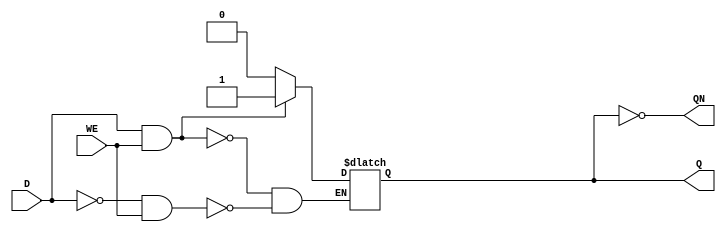
//-----------------------------------------------------
// Design Name : sram_blwl
// Coder       : Xifan TANG
//-----------------------------------------------------


//-----------------------------------------------------
// Function    : A SRAM cell with write enable
//-----------------------------------------------------
module SRAM(
  input WE, // Word line control signal as write enable
  input D, // Bit line control signal
  output Q, // Data output
  output QN // Data output
);

  //----- local variable need to be registered
  reg data;

  //----- when wl is enabled, we can read in data from bl
  always @(WE or D) 
  begin
    if ((1'b1 == D)&&(1'b1 == WE)) begin
    //----- Cases to program internal memory bit 
    //----- case 1: bl = 1, wl = 1, a -> 0
      data <= 1'b1;
    end else if ((1'b0 == D)&&(1'b1 == WE)) begin
    //----- case 2: bl = 0, wl = 1, a -> 0
     data <= 1'b0;
    end 
  end

`ifndef ENABLE_FORMAL_VERIFICATION
    // Wire q_reg to Q
    assign Q = data;
    assign QN = ~data;
`else
    assign Q = 1'bZ;
    assign QN = !Q;
`endif

endmodule

//-----------------------------------------------------
// Function    : A SRAM cell with 
//               - an active-high set
//               - a write-enable
//-----------------------------------------------------
module SRAMS(
  input SET, // active-high set signal
  input WE, // Word line control signal as write enable
  input D, // Bit line control signal as data input
  output Q, // Data output
  output QN // Data output
);

  //----- local variable need to be registered
  reg data;

  //----- when wl is enabled, we can read in data from bl
  always @(D or WE) 
  begin
    if (1'b1 == SET) begin 
      data <= 1'b1;
    end else if ((1'b1 == D)&&(1'b1 == WE)) begin
    //----- Cases to program internal memory bit 
    //----- case 1: bl = 1, wl = 1, a -> 0
      data <= 1'b1;
    end else if ((1'b0 == D)&&(1'b1 == WE)) begin
    //----- case 2: bl = 0, wl = 1, a -> 0
     data <= 1'b0;
    end 
  end

`ifndef ENABLE_FORMAL_VERIFICATION
    // Wire q_reg to Q
    assign Q = data;
    assign QN = ~data;
`else
    assign Q = 1'bZ;
    assign QN = !Q;
`endif

endmodule

//-----------------------------------------------------
// Function    : A SRAM cell with 
//               - an active-low set
//               - a write-enable
//-----------------------------------------------------
module SRAMSN(
  input SETN, // active-low set signal
  input WE, // Word line control signal as write enable
  input D, // Bit line control signal as data input
  output Q, // Data output
  output QN // Data output
);

  //----- local variable need to be registered
  reg data;

  //----- when wl is enabled, we can read in data from bl
  always @(D or WE) 
  begin
    if (1'b0 == SETN) begin 
      data <= 1'b1;
    end else if ((1'b1 == D)&&(1'b1 == WE)) begin
    //----- Cases to program internal memory bit 
    //----- case 1: bl = 1, wl = 1, a -> 0
      data <= 1'b1;
    end else if ((1'b0 == D)&&(1'b1 == WE)) begin
    //----- case 2: bl = 0, wl = 1, a -> 0
     data <= 1'b0;
    end 
  end

`ifndef ENABLE_FORMAL_VERIFICATION
    // Wire q_reg to Q
    assign Q = data;
    assign QN = ~data;
`else
    assign Q = 1'bZ;
    assign QN = !Q;
`endif

endmodule

//-----------------------------------------------------
// Function    : A SRAM cell with 
//               - an active-high reset
//               - a write-enable
//-----------------------------------------------------
module SRAMR(
  input RST, // active-high reset signal
  input WE, // Word line control signal as write enable
  input D, // Bit line control signal as data input
  output Q, // Data output
  output QN // Data output
);

  //----- local variable need to be registered
  reg data;

  //----- when wl is enabled, we can read in data from bl
  always @(D or WE) 
  begin
    if (1'b1 == RST) begin 
      data <= 1'b0;
    end else if ((1'b1 == D)&&(1'b1 == WE)) begin
    //----- Cases to program internal memory bit 
    //----- case 1: bl = 1, wl = 1, a -> 0
      data <= 1'b1;
    end else if ((1'b0 == D)&&(1'b1 == WE)) begin
    //----- case 2: bl = 0, wl = 1, a -> 0
     data <= 1'b0;
    end 
  end

`ifndef ENABLE_FORMAL_VERIFICATION
    // Wire q_reg to Q
    assign Q = data;
    assign QN = ~data;
`else
    assign Q = 1'bZ;
    assign QN = !Q;
`endif

endmodule

//-----------------------------------------------------
// Function    : A SRAM cell with 
//               - an active-low reset
//               - a write-enable
//-----------------------------------------------------
module SRAMRN(
  input RSTN, // active-low reset signal
  input WE, // Word line control signal as write enable
  input D, // Bit line control signal as data input
  output Q, // Data output
  output QN // Data output
);

  //----- local variable need to be registered
  reg data;

  //----- when wl is enabled, we can read in data from bl
  always @(D or WE) 
  begin
    if (1'b0 == RSTN) begin 
      data <= 1'b0;
    end else if ((1'b1 == D)&&(1'b1 == WE)) begin
    //----- Cases to program internal memory bit 
    //----- case 1: bl = 1, wl = 1, a -> 0
      data <= 1'b1;
    end else if ((1'b0 == D)&&(1'b1 == WE)) begin
    //----- case 2: bl = 0, wl = 1, a -> 0
     data <= 1'b0;
    end 
  end

`ifndef ENABLE_FORMAL_VERIFICATION
    // Wire q_reg to Q
    assign Q = data;
    assign QN = ~data;
`else
    assign Q = 1'bZ;
    assign QN = !Q;
`endif

endmodule

//-----------------------------------------------------
// Function    : A SRAM cell with 
//               - an active-high reset
//               - an active-high set
//               - a write-enable
//-----------------------------------------------------
module SRAMSR(
  input RST, // active-high reset signal
  input SET, // active-high set signal
  input WE, // Word line control signal as write enable
  input D, // Bit line control signal as data input
  output Q, // Data output
  output QN // Data output
);

  //----- local variable need to be registered
  reg data;

  //----- when wl is enabled, we can read in data from bl
  always @(D or WE) 
  begin
    if (1'b1 == RST) begin 
      data <= 1'b0;
    end else if (1'b1 == SET) begin 
      data <= 1'b1;
    end else if ((1'b1 == D)&&(1'b1 == WE)) begin
    //----- Cases to program internal memory bit 
    //----- case 1: bl = 1, wl = 1, a -> 0
      data <= 1'b1;
    end else if ((1'b0 == D)&&(1'b1 == WE)) begin
    //----- case 2: bl = 0, wl = 1, a -> 0
     data <= 1'b0;
    end 
  end

`ifndef ENABLE_FORMAL_VERIFICATION
    // Wire q_reg to Q
    assign Q = data;
    assign QN = ~data;
`else
    assign Q = 1'bZ;
    assign QN = !Q;
`endif

endmodule

//-----------------------------------------------------
// Function    : A SRAM cell with WL read signal
//-----------------------------------------------------
module SRAM_RE(
  input WE, // Word line control signal as write enable
  input RE, // Word line read signal as read enable
  inout D, // Bit line control signal
  output Q, // Data output
  output QN // Data output
);

  //----- local variable need to be registered
  reg data;
  reg data_readback;

  //----- when wl is enabled, we can read in data from bl
  always @(WE or RE or D) 
  begin
    if ((1'b1 == D)&&(1'b1 == WE)) begin
    //----- Cases to program internal memory bit 
    //----- case 1: bl = 1, wl = 1, a -> 0
      data <= 1'b1;
    end else if ((1'b0 == D)&&(1'b1 == WE)) begin
    //----- case 2: bl = 0, wl = 1, a -> 0
     data <= 1'b0;
    end 
  end

  // Wire q_reg to Q
  assign Q = data;
  assign QN = ~data;

endmodule


//-----------------------------------------------------
// Function    : A SRAM cell with 
//               - an active-low reset
//               - an active-low set
//               - a write-enable
//-----------------------------------------------------
module SRAMSNRN(
  input RSTN, // active-low reset signal
  input SETN, // active-low set signal
  input WE, // Word line control signal as write enable
  input D, // Bit line control signal as data input
  output Q, // Data output
  output QN // Data output
);

  //----- local variable need to be registered
  reg data;

  //----- when wl is enabled, we can read in data from bl
  always @(D or WE) 
  begin
    if (1'b0 == RSTN) begin 
      data <= 1'b0;
    end else if (1'b0 == SETN) begin 
      data <= 1'b1;
    end else if ((1'b1 == D)&&(1'b1 == WE)) begin
    //----- Cases to program internal memory bit 
    //----- case 1: bl = 1, wl = 1, a -> 0
      data <= 1'b1;
    end else if ((1'b0 == D)&&(1'b1 == WE)) begin
    //----- case 2: bl = 0, wl = 1, a -> 0
     data <= 1'b0;
    end 
  end

`ifndef ENABLE_FORMAL_VERIFICATION
    // Wire q_reg to Q
    assign Q = data;
    assign QN = ~data;
`else
    assign Q = 1'bZ;
    assign QN = !Q;
`endif

endmodule


module sram6T_rram(
input read,
input nequalize,
input din, // Data input
output dout, // Data output
output doutb, // Data output
// !!! Port bit position should start from LSB to MSB
// Follow this convention for BL/WLs in each module!
input [0:2] bl, // Bit line control signal
input [0:2] wl// Word line control signal
);
  //----- local variable need to be registered
  //----- Modeling two RRAMs 
  reg r0, r1;

  always @(bl[0], wl[2]) 
  begin
    //----- Cases to program r0 
    //----- case 1: bl[0] = 1, wl[2] = 1, r0 -> 0
    if ((1'b1 == bl[0])&&(1'b1 == wl[2])) begin
      r0 <= 0;
    end 
  end
  
  always @(bl[2], wl[0]) 
  begin
    //----- case 2: bl[2] = 1, wl[0] = 1, r0 -> 1
    if ((1'b1 == bl[2])&&(1'b1 == wl[0])) begin
      r0 <= 1;
    end 
  end

  always @(bl[1], wl[2]) 
  begin
    //----- Cases to program r1 
    //----- case 1: bl[1] = 1, wl[2] = 1, r0 -> 0
    if ((1'b1 == bl[1])&&(1'b1 == wl[2])) begin
      r1 <= 0;
    end 
  end

  always @( bl[2], wl[1]) 
  begin
    //----- case 2: bl[2] = 1, wl[1] = 1, r0 -> 1
    if ((1'b1 == bl[2])&&(1'b1 == wl[1])) begin
      r1 <= 1;
    end
  end

  // dout is r0 AND r1  
  assign dout = r0 | (~r1);

  //---- doutb is always opposite to dout 
  assign doutb = ~dout;

endmodule